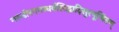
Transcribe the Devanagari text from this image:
गरुडोरगगन्धर्वसिद्धादिसुरपूजितम्